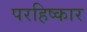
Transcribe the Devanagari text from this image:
परहिष्कार